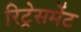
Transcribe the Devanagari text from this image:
रिट्रेसमेंट